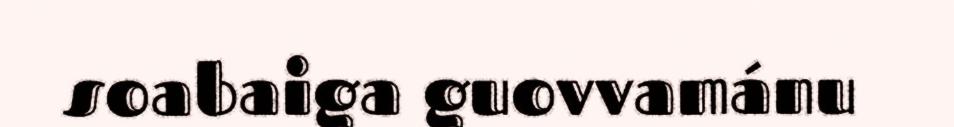
soabaiga guovvamánu